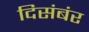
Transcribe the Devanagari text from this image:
दिसंबंर